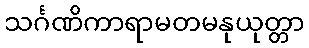
သင်္ဂဏိကာရာမတမနုယုတ္တာ